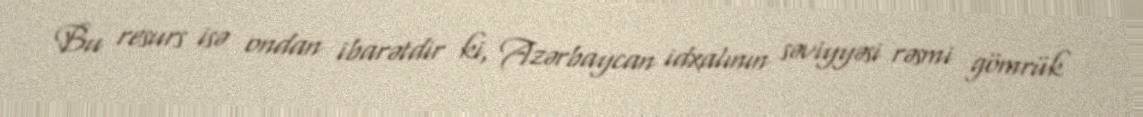
Bu resurs isə ondan ibarətdir ki, Azərbaycan idxalının səviyyəsi rəsmi gömrük